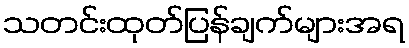
သတင်းထုတ်ပြန်ချက်များအရ